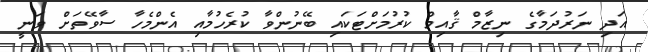
އަދި ނަރުދަމާގެ ނިޒާމް ޤާއިމް ކުރުމަށްޓަކައި ބޭނުންވާ ކުރެހުމާއި އެންމެހާ ސާވޭތަށް ވަނީ